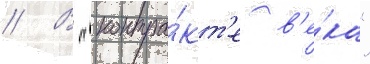
// В "контра́кт'е в'е́ка"